Report of the King Institute of Preventive Medicine, Guindy
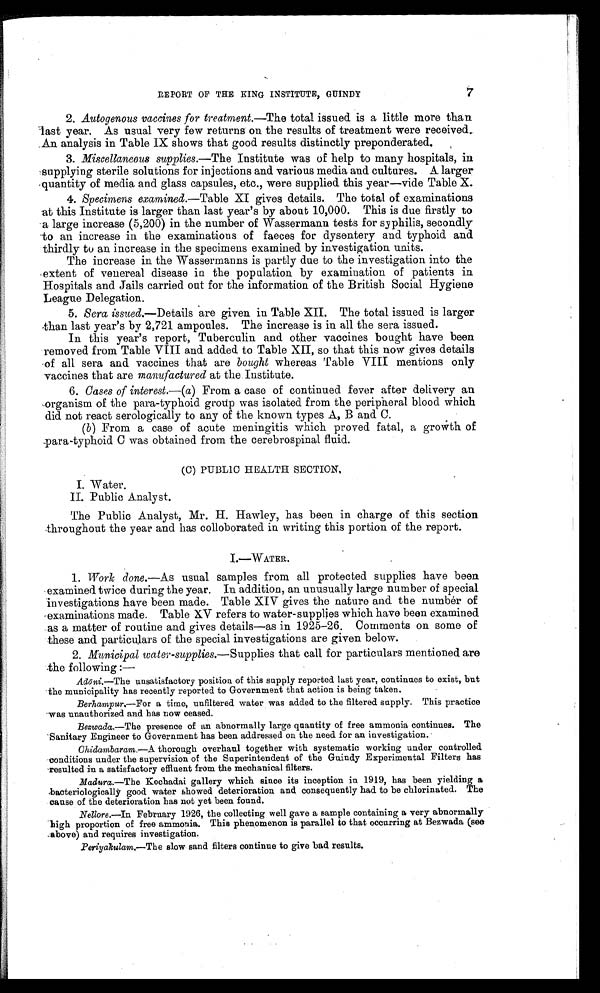
7
REPORT OF THE KING INSTITUTE, GUINDY
2. Autogenous vaccines for treatment.—The total issued is a little more than
last year. As usual very few returns on the results of treatment were received.
An analysis in Table IX shows that good results distinctly preponderated.
3. Miscellaneous supplies.—The Institute was of help to many hospitals, in
supplying sterile solutions for injections and various media and cultures. A larger
quantity of media and glass capsules, etc., were supplied this year—vide Table X.
4. Specimens examined.—Table XI gives details. The total of examinations
at this Institute is larger than last year's by about 10,000. This is due firstly to
a large increase (5,200) in the number of Wassermann tests for syphilis, secondly
to an increase in the examinations of faeces for dysentery and typhoid and
thirdly to an increase in the specimens examined by investigation units.
The increase in the Wassermanns is partly due to the investigation into the
extent of venereal disease in the population by examination of patients in
Hospitals and Jails carried out for the information of the British Social Hygiene
League Delegation.
5. Sera issued.—Details are given in Table XII. The total issued is larger
than last year's by 2,721 ampoules. The increase is in all the sera issued.
In this year's report, Tuberculin and other vaccines bought have been
removed from Table VIII and added to Table XII , so that this now gives details
of all sera and vaccines that are bought whereas Table VIII mentions only
vaccines that are manufactured at the Institute.
6. Cases of interest.—(a) From a case of continued fever after delivery an
organism of the para-typhoid group was isolated from the peripheral blood which
did not react serologically to any of the known types A, B and C.
( b ) From a case of acute meningitis which proved fatal, a growth of
para-typhoid C was obtained from the cerebrospinal fluid.
(C) PUBLIC HEALTH SECTION.
I. Water.
II. Public Analyst.
The Public Analyst, Mr. H. Hawley, has been in charge of this section
throughout the year and has colloborated in writing this portion of the report.
I.—WATER.
1. Work done.—As usual samples from all protected supplies have been
examined twice during the year. In addition, an unusually large number of special
investigations have been made. Table XIV gives the nature and the number of
examinations made. Table XV refers to water-supplies which have been examined
as a matter of routine and gives details—as in 1925—26. Comments on some of
these and particulars of the special investigations are given below.
2. Municipal water-supplies.—Supplies that call for particulars mentioned are
the following :—
Adōni.—The unsatisfactory position of this supply reported last year, continues to exist, but
the municipality has recently reported to Government that action is being taken.
Berhampur.—For a time, unfiltered water was added to the filtered supply. This practice
was unauthorized and has now ceased.
Bezwada.–The presence of an abnormally large quantity of free ammonia continues. The
Sanitary Engineer to Government has been addressed on the need for an investigation.
Chidambaram.—A thorough overhaul together with systematic working under controlled
conditions under the supervision of the Superintendent of the Guindy Experimental Filters has
resulted in a satisfactory effluent from the mechanical filters.
Madura.—The Kochadai gallery which since its inception in 1919, has been yielding a
bacteriologically good water showed deterioration and consequently had to be chlorinated. The
cause of the deterioration has not yet been found.
Nellore.—In February 1926, the collecting well gave a sample containing a very abnormally
high proportion of free ammonia. This phenomenon is parallel to that occurring at Bezwada (see
above) and requires investigation.
Periyakulam.—The slow sand filters continue to give bad results.